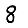
Digit: 8